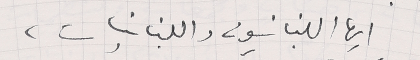
ايها اللبنانيون واللبنانيات،